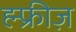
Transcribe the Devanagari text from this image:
ह्म्फ्रीज़